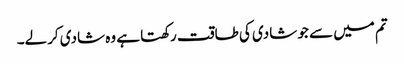
تم میں سے جو شادی کی طاقت رکھتا ہے وہ شادی کرلے۔